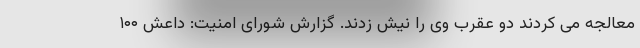
معالجه می کردند دو عقرب وی را نیش زدند. گزارش شورای امنیت: داعش ۱۰۰